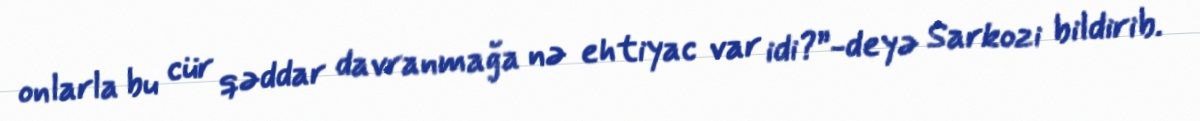
onlarla bu cür qəddar davranmağa nə ehtiyac var idi?”-deyə Sarkozi bildirib.